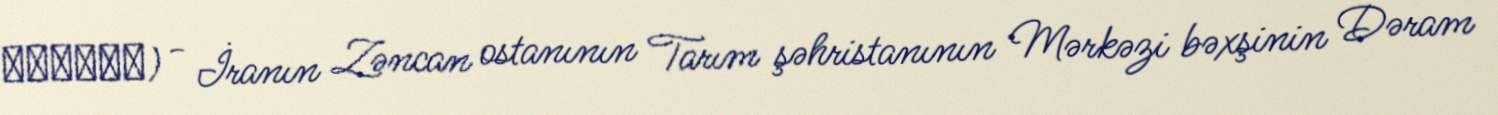
بنارود) - İranın Zəncan ostanının Tarım şəhristanının Mərkəzi bəxşinin Dəram